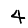
Digit: 4